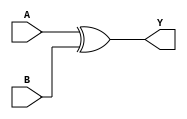
module xor_gate (
    input wire A,
    input wire B,
    output reg Y
);

always @(*) begin
    Y = A ^ B;
end

endmodule